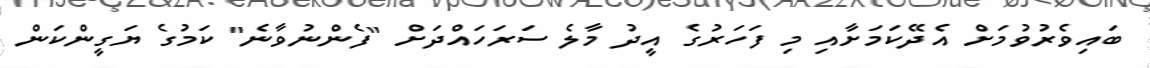
ބައިވެރުވުމަށް އެދޭކަމަށާއި މި ފަހަރުގެ އީދު މާލެ ސަރަހައްދަށް "ފެންނުވާނެ" ކަމުގެ ޔަގީންކަން